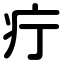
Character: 疔